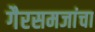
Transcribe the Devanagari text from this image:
गैरसमजांचा